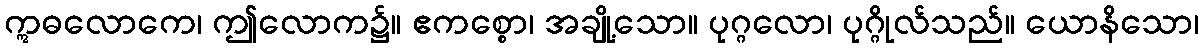
ဣဓလောကေ၊ ဤလောက၌။ ဧကစ္စော၊ အချို့သော။ ပုဂ္ဂလော၊ ပုဂ္ဂိုလ်သည်။ ယောနိသော၊